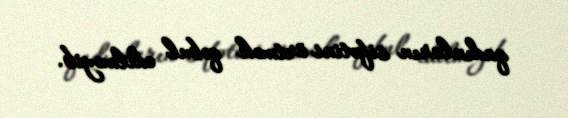
qadınların sifətini örtmək qəbul edilməyib.